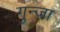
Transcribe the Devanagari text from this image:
गुन्जा